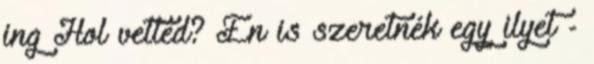
ing Hol vetted? Én is szeretnék egy ilyet -